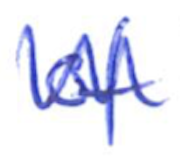
Text: of
Cross-out: mix
Writing tool: ballpoint